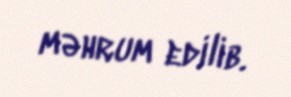
məhrum edilib.